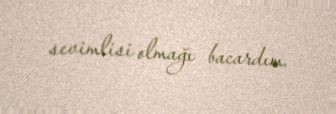
sevimlisi olmağı bacardım.